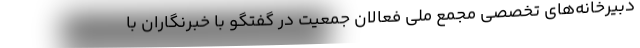
دبیرخانه‌های تخصصی مجمع ملی فعالان جمعیت در گفتگو با خبرنگاران با